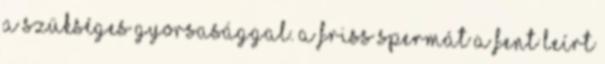
a szükséges gyorsasággal. A friss spermát a fent leírt